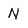
Character: n